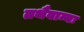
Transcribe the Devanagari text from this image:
तथैवान्यः